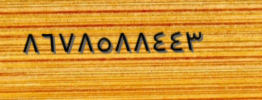
٨٦٧٨٥٨٨٤٤٣